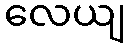
လေယျ